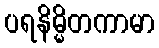
ပရနိမ္မိတကာမာ